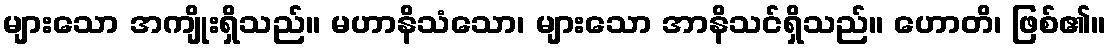
များသော အကျိုးရှိသည်။ မဟာနိသံသော၊ များသော အာနိသင်ရှိသည်။ ဟောတိ၊ ဖြစ်၏။